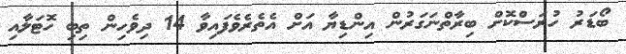
ބޯޑަރު ހުރަސްކޮށް ބިރާތްނަގަރުން އިންޑިޔާ އަށް އެތެރެވެފައިވާ 14 ދިވެހިން ތިބި ހޮޓަލާއި